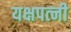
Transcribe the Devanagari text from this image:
यक्षपत्‍नी